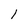
Character: l